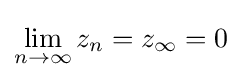
\lim _{n\to \infty }z_{n}=z_{\infty }=0